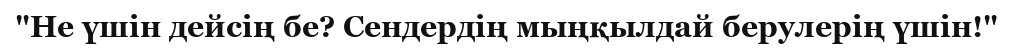
"Не үшін дейсің бе? Сендердің мыңқылдай берулерің үшін!"